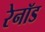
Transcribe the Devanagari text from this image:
रेनॉड